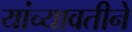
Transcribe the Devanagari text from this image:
यांच्यावतीने